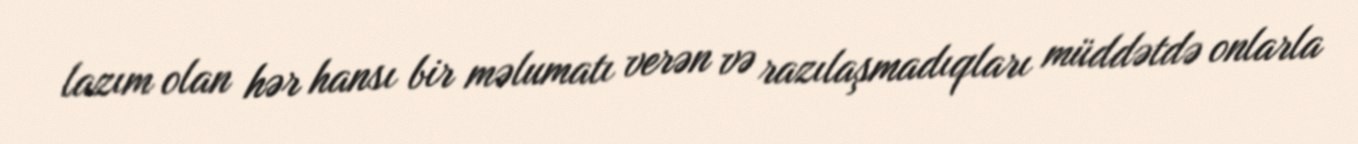
lazım olan hər hansı bir məlumatı verən və razılaşmadıqları müddətdə onlarla